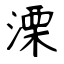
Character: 溧